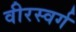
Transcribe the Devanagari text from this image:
वीरस्वर्ग